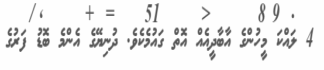
4 ލައްކަ މީހުންގެ އާބާދީއެއްް އޮތް ގައުމެކެވެ. ދުނިޔޭގެ އެންމެ ބޮޑު ފަރުގެ